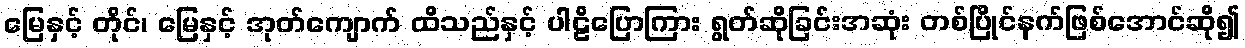
မြေနှင့် တိုင်၊ မြေနှင့် အုတ်ကျောက် ထိသည်နှင့် ပါဠိပြောကြား ရွတ်ဆိုခြင်းအဆုံး တစ်ပြိုင်နက်ဖြစ်အောင်ဆို၍